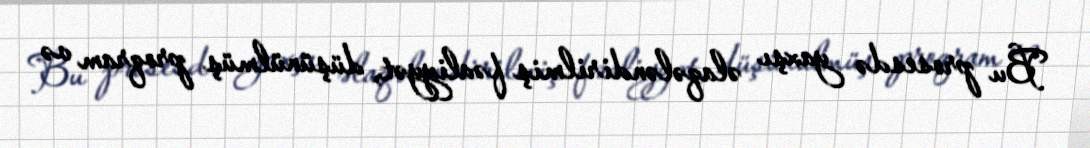
Bu prosesdə yaxşı əlaqələndirilmiş fəaliyyət, düşünülmüş proqram və